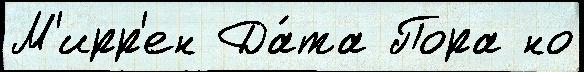
М'ирр'ен Да́та Пора но